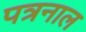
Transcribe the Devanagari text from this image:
पत्रनाल